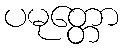
ပမုတ္တော